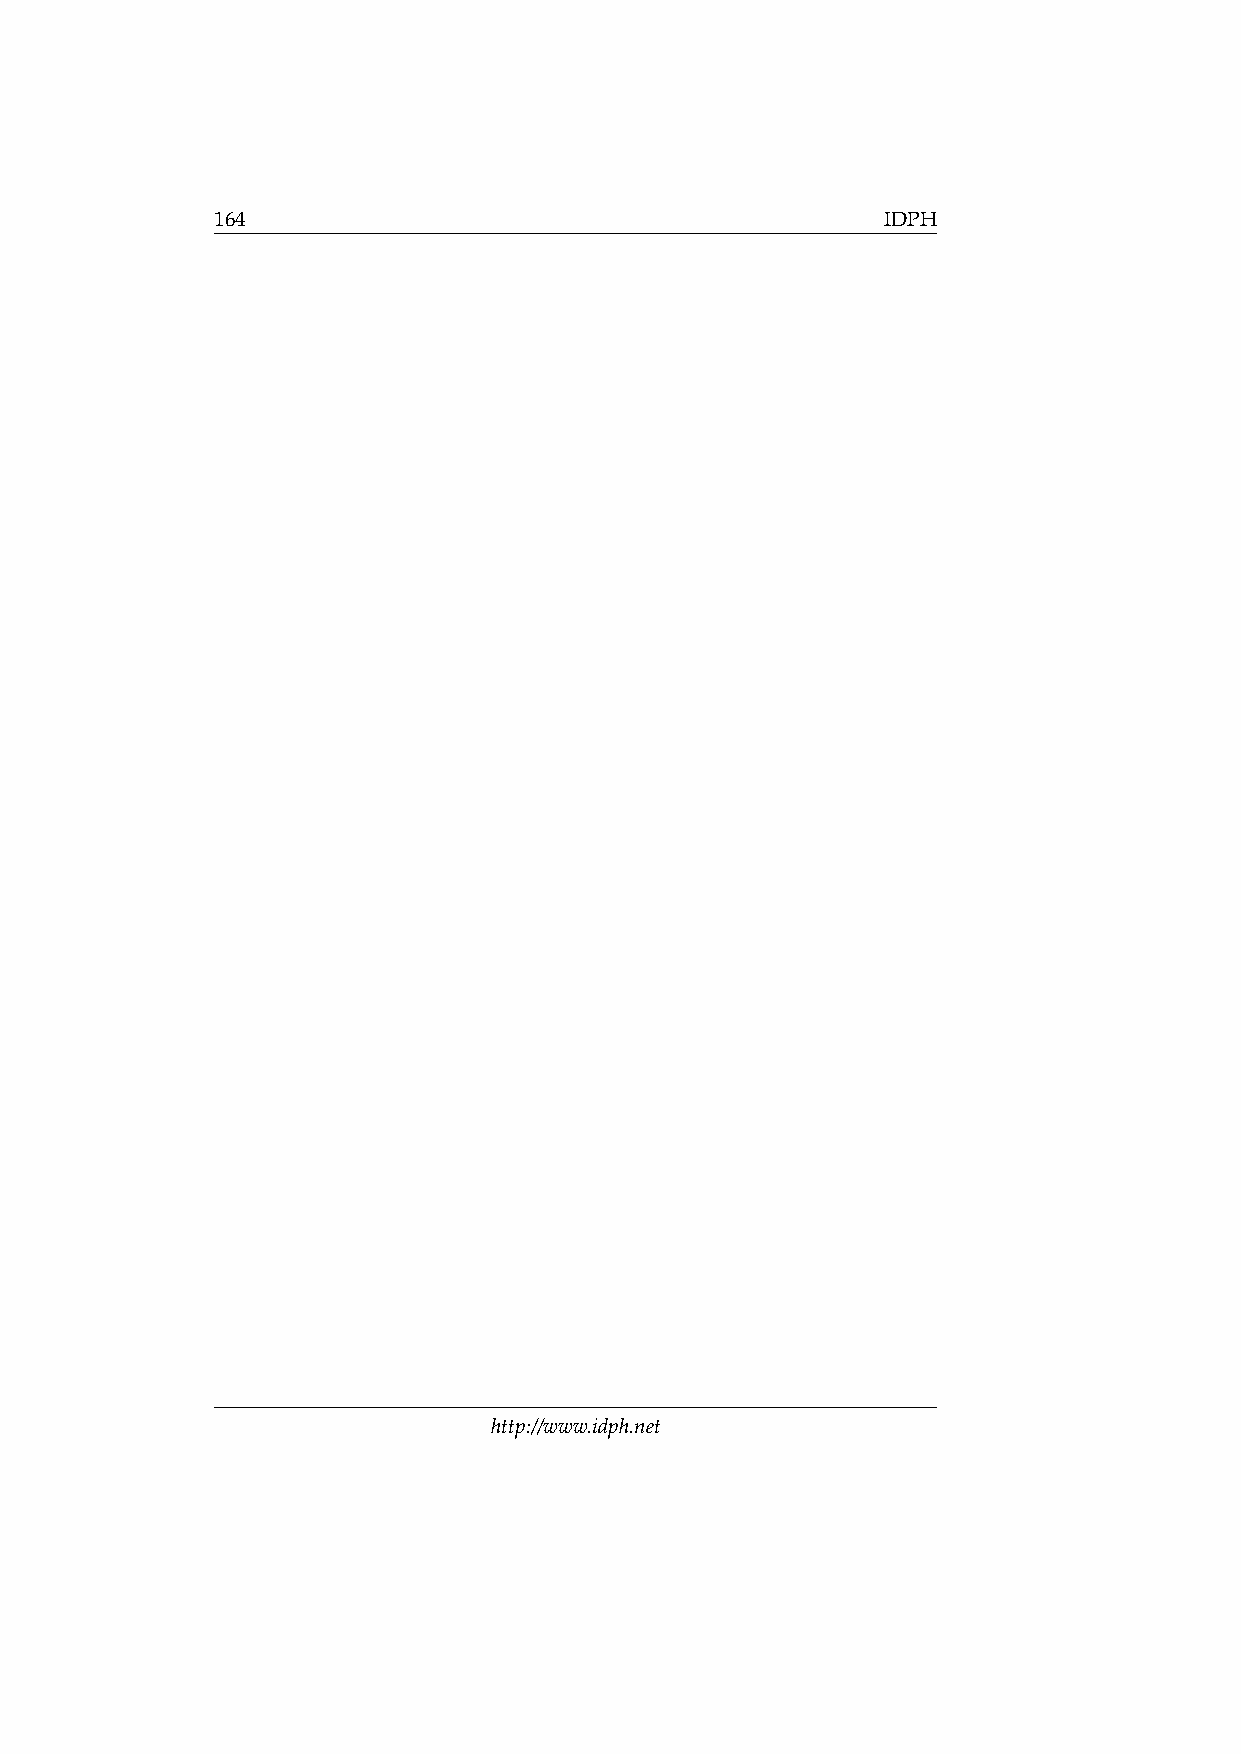
164                                          IDPH
 http://www.idph.net